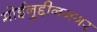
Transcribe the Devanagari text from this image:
मोईनुद्दीननगर